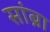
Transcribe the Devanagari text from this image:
सांब्रा